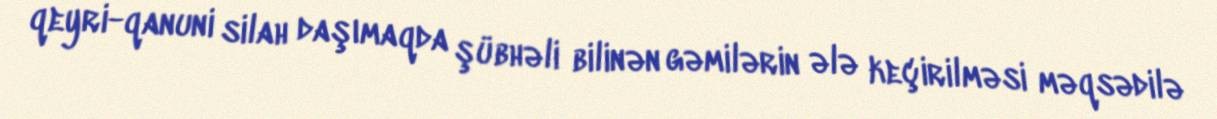
qeyri-qanuni silah daşımaqda şübhəli bilinən gəmilərin ələ keçirilməsi məqsədilə